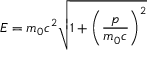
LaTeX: E = m _ { 0 } c ^ { 2 } { \sqrt { 1 + \left( { \frac { p } { m _ { 0 } c } } \right) ^ { 2 } } }